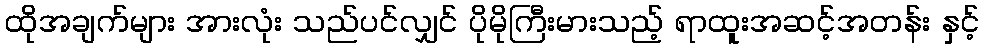
ထိုအချက်များ အားလုံး သည်ပင်လျှင် ပိုမိုကြီးမားသည့် ရာထူးအဆင့်အတန်း နှင့်